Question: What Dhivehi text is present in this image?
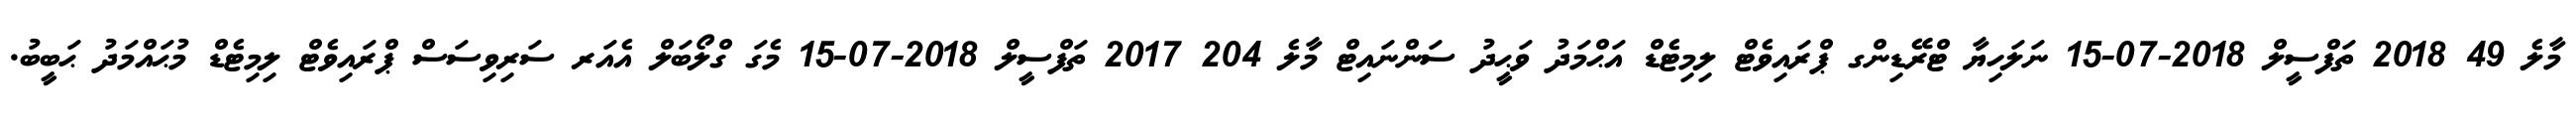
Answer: މާލެ 49 2018 ތަފްސީލް 2018-07-15 ނަލަހިޔާ ޓްރޭޑިންގ ޕްރައިވެޓް ލިމިޓެޑް އަޙްމަދު ވަޙީދު ސަންނައިޓް މާލެ 204 2017 ތަފްސީލް 2018-07-15 މެގަ ގްލޯބަލް އެއަރ ސަރިވިސަސް ޕްރައިވެޓް ލިމިޓެޑް މުޙައްމަދު ޙަބީބު.